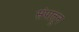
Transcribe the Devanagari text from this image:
संपातून